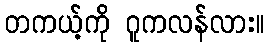
တကယ့်ကို ဂူကလန်လား။